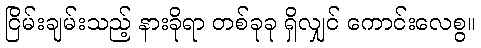
ငြိမ်းချမ်းသည့် နားခိုရာ တစ်ခုခု ရှိလျှင် ကောင်းလေစွ။